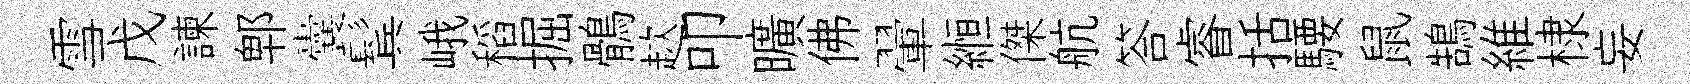
雪戊諫郫囊鬂峨稻掘鶻趑叩曠佛翬縆傑航答睿括騕鼠鵠維棣妄